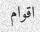
اقوام